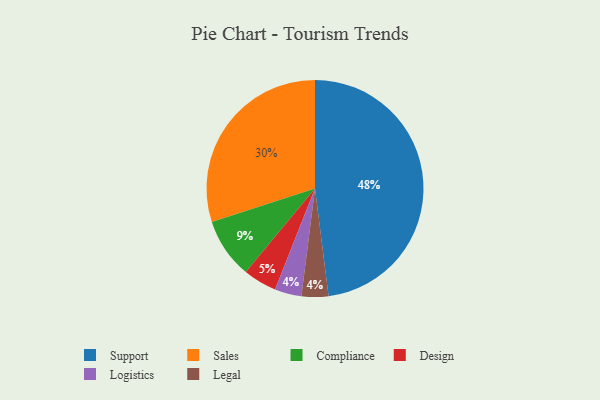
{"axis": {"x": "Category", "y": "Percentage"}, "legend": ["Compliance", "Design", "Legal", "Logistics", "Sales", "Support"], "data": [{"x": "Sales", "y": 30, "type": "Sales"}, {"x": "Design", "y": 5, "type": "Design"}, {"x": "Support", "y": 48, "type": "Support"}, {"x": "Compliance", "y": 9, "type": "Compliance"}, {"x": "Logistics", "y": 4, "type": "Logistics"}, {"x": "Legal", "y": 4, "type": "Legal"}]}